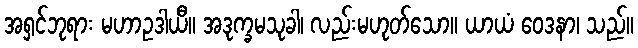
အရှင်ဘုရား မဟာဥဒါယီ။ အဒုက္ခမသုခါ၊ လည်းမဟုတ်သော။ ယာယံ ဝေဒနာ၊ သည်။